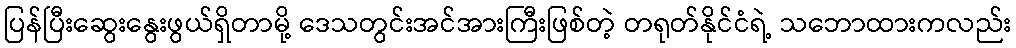
ပြန်ပြီးဆွေးနွေးဖွယ်ရှိတာမို့ ဒေသတွင်းအင်အားကြီးဖြစ်တဲ့ တရုတ်နိုင်ငံရဲ့ သဘောထားကလည်း